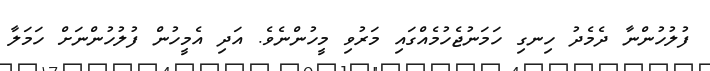
ފުލުހުންނާ ދެމެދު ހިނގި ހަމަނުޖެހުމެއްގައި މަރުވި މީހުންނެވެ. އަދި އެމީހުން ފުލުހުންނަށް ހަމަލާ